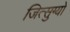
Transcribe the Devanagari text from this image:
जित्सुग्यो